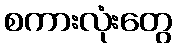
စကားလုံးတွေ